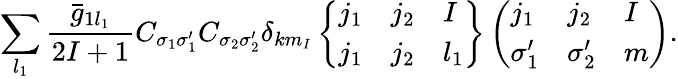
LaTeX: \sum_{l_{1}}\frac{\bar{g}_{1l_{1}}}{2I+1}C_{\sigma_{1}\sigma_{1}^{\prime}}C_{\sigma_{2}\sigma_{2}^{\prime}}\delta_{km_{I}}\left\{ \begin{array}{lll}{{j_{1}}}&{{j_{2}}}&{{I}}\\ {{j_{1}}}&{{j_{2}}}&{{l_{1}}}\end{array}\right\} \left(\begin{array}{lll}{{j_{1}}}&{{j_{2}}}&{{I}}\\ {{\sigma_{1}^{\prime}}}&{{\sigma_{2}^{\prime}}}&{{m}}\end{array}\right).